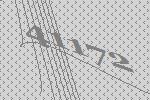
41172